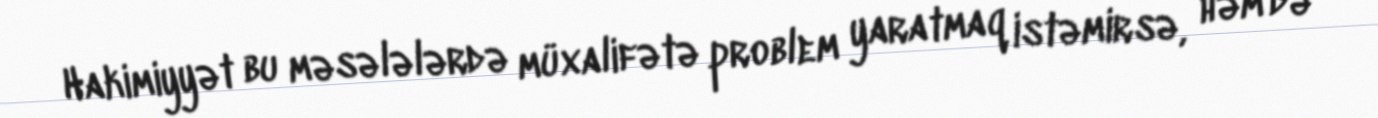
Hakimiyyət bu məsələlərdə müxalifətə problem yaratmaq istəmirsə, həm də